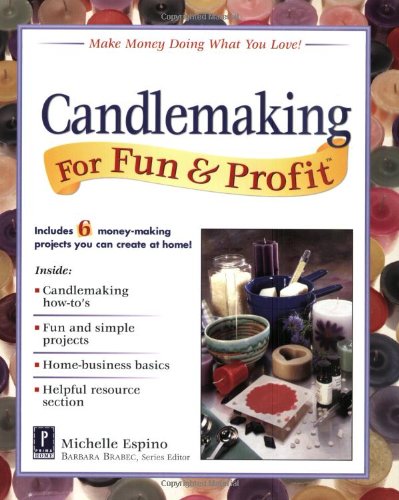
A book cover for Candlemaking for Fun & Profit; Michelle Espino; Crafts, Hobbies & Home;